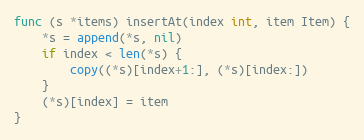
Language: Go
func (s *items) insertAt(index int, item Item) {
	*s = append(*s, nil)
	if index < len(*s) {
		copy((*s)[index+1:], (*s)[index:])
	}
	(*s)[index] = item
}